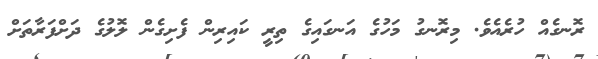
ރޮނގެއް ހުރެއެވެ. މިރޮނގު މަހުގެ އަނގައިގެ ތިރީ ކައިރިން ފެށިގެން ލޮލުގެ ދަށްފަރާތަށް